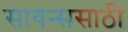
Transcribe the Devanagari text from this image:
सायन्ससाठी